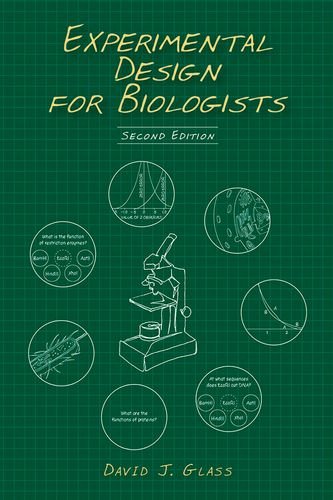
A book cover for Experimental Design for Biologists, Second Edition; David J. Glass; Science & Math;